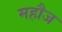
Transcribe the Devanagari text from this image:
महौज